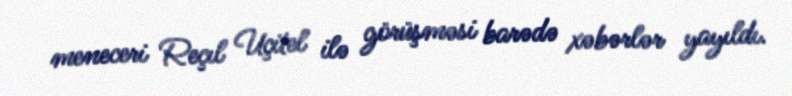
meneceri Reçıl Uçitel ilə görüşməsi barədə xəbərlər yayıldı.